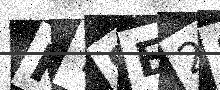
Text: KTSE2D